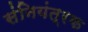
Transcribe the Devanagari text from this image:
संनियंत्रक